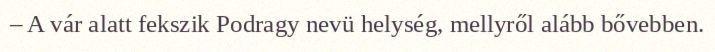
– A vár alatt fekszik Podragy nevü helység, mellyről alább bővebben.